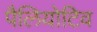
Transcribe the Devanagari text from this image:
पैलियोटिव